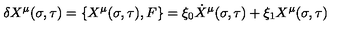
\delta X ^ { \mu } ( \sigma , \tau ) = { \lbrace X ^ { \mu } ( \sigma , \tau ) , F \rbrace } = \xi _ { 0 } \dot { X } ^ { \mu } ( \sigma , \tau ) + \xi _ { 1 } X ^ { \mu } ( \sigma , \tau )